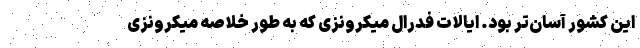
این کشور آسان‌تر بود. ایالات فدرال میکرونزی که به طور خلاصه میکرونزی